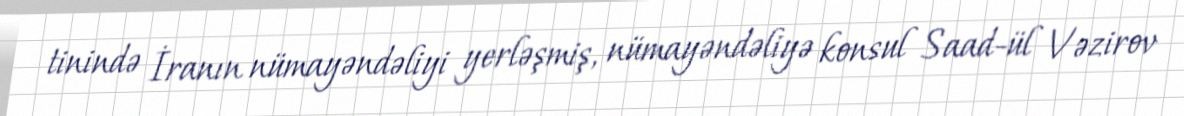
tinində İranın nümayəndəliyi yerləşmiş, nümayəndəliyə konsul Saad-ül Vəzirov